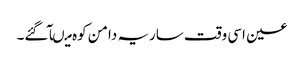
عین اسی وقت ساریہ دامن کوہ میںآ گئے۔